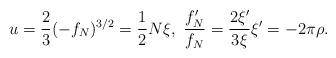
LaTeX: \begin{align*} u=\frac{2}{3}(-f_N)^{3/2}=\frac{1}{2}N\xi,\ \frac{f_N'}{f_N}=\frac{2\xi'}{3\xi} \xi'=-2\pi\rho.\end{align*}